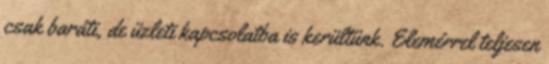
csak baráti, de üzleti kapcsolatba is kerültünk. Elemérrel teljesen